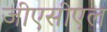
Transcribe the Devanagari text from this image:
जीएसीएल